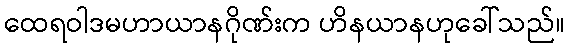
ထေရဝါဒမဟာယာနဂိုဏ်းက ဟိနယာနဟုခေါ်သည်။